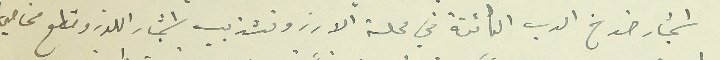
اشجار خوخ الدب الكائنة في محلة الارز وتشذيب اشجار اللوز وقطع مخاصي